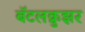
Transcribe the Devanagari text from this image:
बॅटलक्रुझर